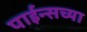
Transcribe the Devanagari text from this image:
पाईन्सच्या